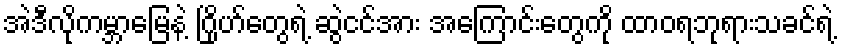
အဲဒီလိုကမ္ဘာမြေနဲ့ ဂြိုဟ်တွေရဲ့ ဆွဲငင်အား အကြောင်းတွေကို ထာဝရဘုရားသခင်ရဲ့